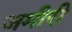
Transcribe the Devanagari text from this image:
जमीरी